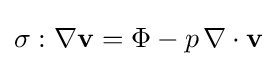
\sigma :\nabla {\mathbf {v} }=\Phi -p\,\nabla \cdot {\mathbf {v} }